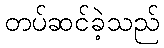
တပ်ဆင်ခဲ့သည်